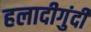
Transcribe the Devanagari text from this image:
हलादीगुंदी